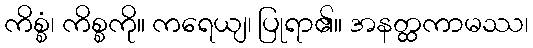
ကိစ္စံ၊ ကိစ္စကို။ ကရေယျ၊ ပြုရာ၏။ အနတ္ထကာမဿ၊